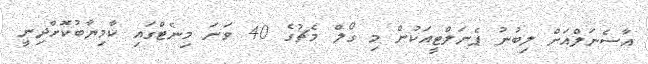
އާސެނަލްއަށް ލިބުނު ޕެނަލްޓީއަކުން މި ގޯލް މެޗުގެ 40 ވަނަ މިނެޓްގައި ކާމިޔާބުކޮށްދިނީ